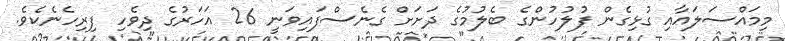
މިމައްސަލައާއި ގުޅިގެން ފުލުހުންގެ ބެލުމުގެ ދަށަށް ގެނެސްފައިވަނީ 26 އަހަރުގެ ދިވެހި ފިރިހެނެކެވެ.